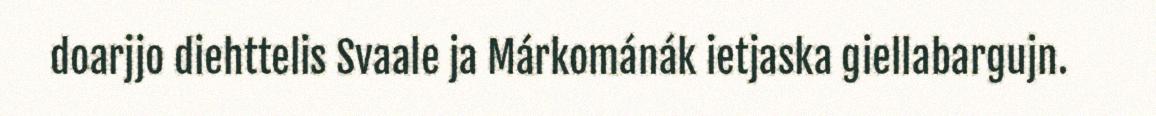
doarjjo diehttelis Svaale ja Márkománák ietjaska giellabargujn.